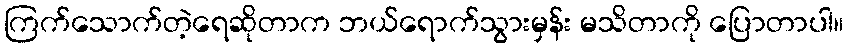
ကြက်သောက်တဲ့ရေဆိုတာက ဘယ်ရောက်သွားမှန်း မသိတာကို ပြောတာပါ။